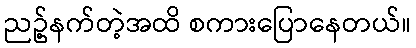
ညဥ့်နက်တဲ့အထိ စကားပြောနေတယ်။